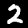
Label: 2